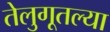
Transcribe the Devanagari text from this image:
तेलुगूतल्या